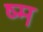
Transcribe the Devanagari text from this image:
ष्म